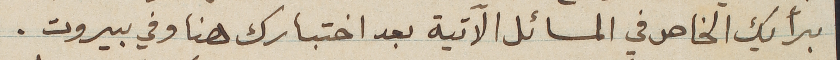
برأيك الخاص في المسائل الآتية بعد اختبارك هنا وفي بيروت.